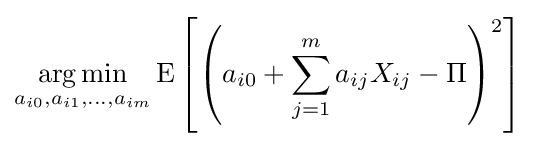
{\underset {a_{i0},a_{i1},...,a_{im}}{\operatorname {arg\,min} }}\operatorname {E} \left[\left(a_{i0}+\sum _{j=1}^{m}a_{ij}X_{ij}-\Pi \right)^{2}\right]